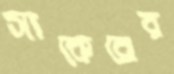
সাকেরের